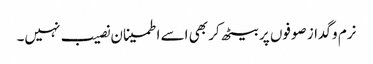
نرم و گداز صوفوں پر بیٹھ کر بھی اسے اطمینان نصیب نہیں۔